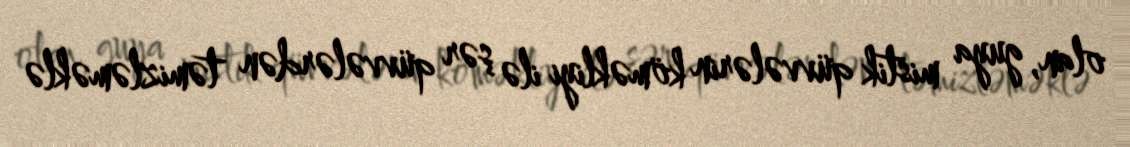
olan, guya mistik qüvvələrin köməkliyi ilə şər qüvvələrdən təmizləməklə